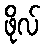
ဖိုလ်